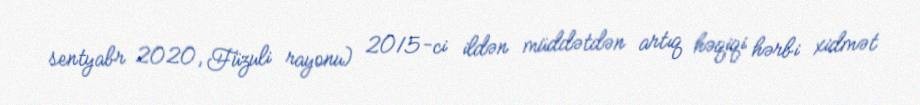
sentyabr 2020, Füzuli rayonu) 2015-ci ildən müddətdən artıq həqiqi hərbi xidmət